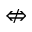
\nLeftrightarrow